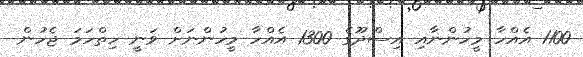
1100 އެއްހާ މީހުންނާއި އިސްދޫގެ 1300 އެއްހާ މީހުންނަށް ވަނީ ހިތްހަމަ ޖެހުން